Annual report on the Civil Veterinary Department, Burma (including the Insein Veterinary School) - 1923-1931
Year: 1923
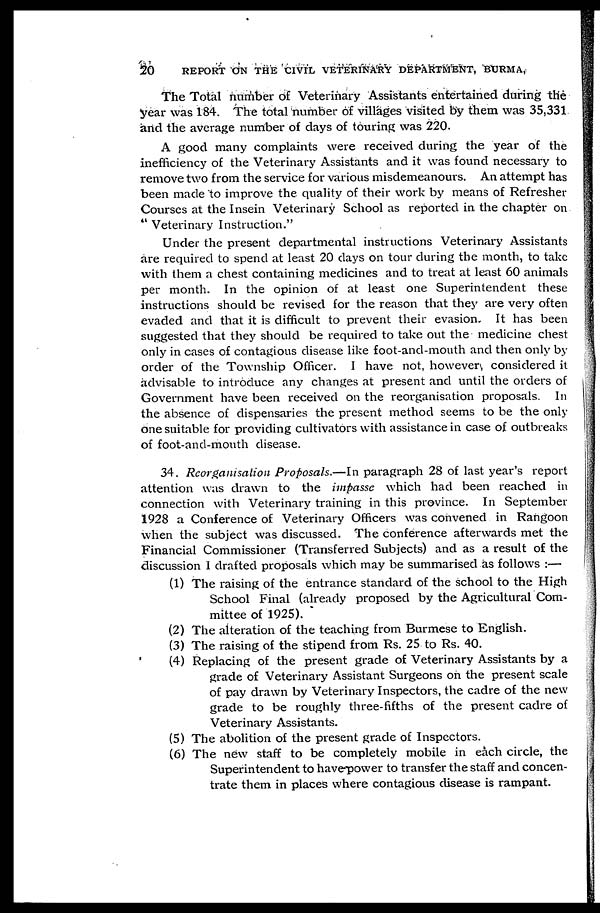
20
REPORT ON THE CIVIL VETERINARY DEPARTMENT, BURMA,
The Total number of Veterinary Assistants entertained during the
year was 184. The total number of villages visited by them was 35,331
and the average number of days of touring was 220.
A good many complaints were received during the year of the
inefficiency of the Veterinary Assistants and it was found necessary to
remove two from the service for various misdemeanours. An attempt has
been made to improve the quality of their work by means of Refresher
Courses at the Insein Veterinary School as reported in the chapter on
" Veterinary Instruction."
Under the present departmental instructions Veterinary Assistants
are required to spend at least 20 days on tour during the month, to take
with them a chest containing medicines and to treat at least 60 animals
per month. In the opinion of at least one Superintendent these
instructions should be revised for the reason that they are very often
evaded and that it is difficult to prevent their evasion. It has been
suggested that they should be required to take out the medicine chest
only in cases of contagious disease like foot-and-mouth and then only by
order of the Township Officer. I have not, however, considered it
advisable to introduce any changes at present and until the orders of
Government have been received on the reorganisation proposals. In
the absence of dispensaries the present method seems to be the only
one suitable for providing cultivators with assistance in case of outbreaks
of foot-and-mouth disease.
34. Reorganisation Proposals.—In paragraph 28 of last year's report
attention was drawn to the impasse which had been reached in
connection with Veterinary training in this province. In September
1928 a Conference of Veterinary Officers was convened in Rangoon
when the subject was discussed. The conference afterwards met the
Financial Commissioner (Transferred Subjects) and as a result of the
discussion I drafted proposals which may be summarised as follows :—
(1) The raising of the entrance standard of the school to the High
School Final (already proposed by the Agricultural Com-
mittee of 1925).
(2) The alteration of the teaching from Burmese to English.
(3) The raising of the stipend from Rs. 25 to Rs. 40.
(4) Replacing of the present grade of Veterinary Assistants by a
grade of Veterinary Assistant Surgeons on the present scale
of pay drawn by Veterinary Inspectors, the cadre of the new
grade to be roughly three-fifths of the present cadre of
Veterinary Assistants.
(5) The abolition of the present grade of Inspectors.
(6) The new staff to be completely mobile in each circle, the
Superintendent to have power to transfer the staff and concen-
trate them in places where contagious disease is rampant.